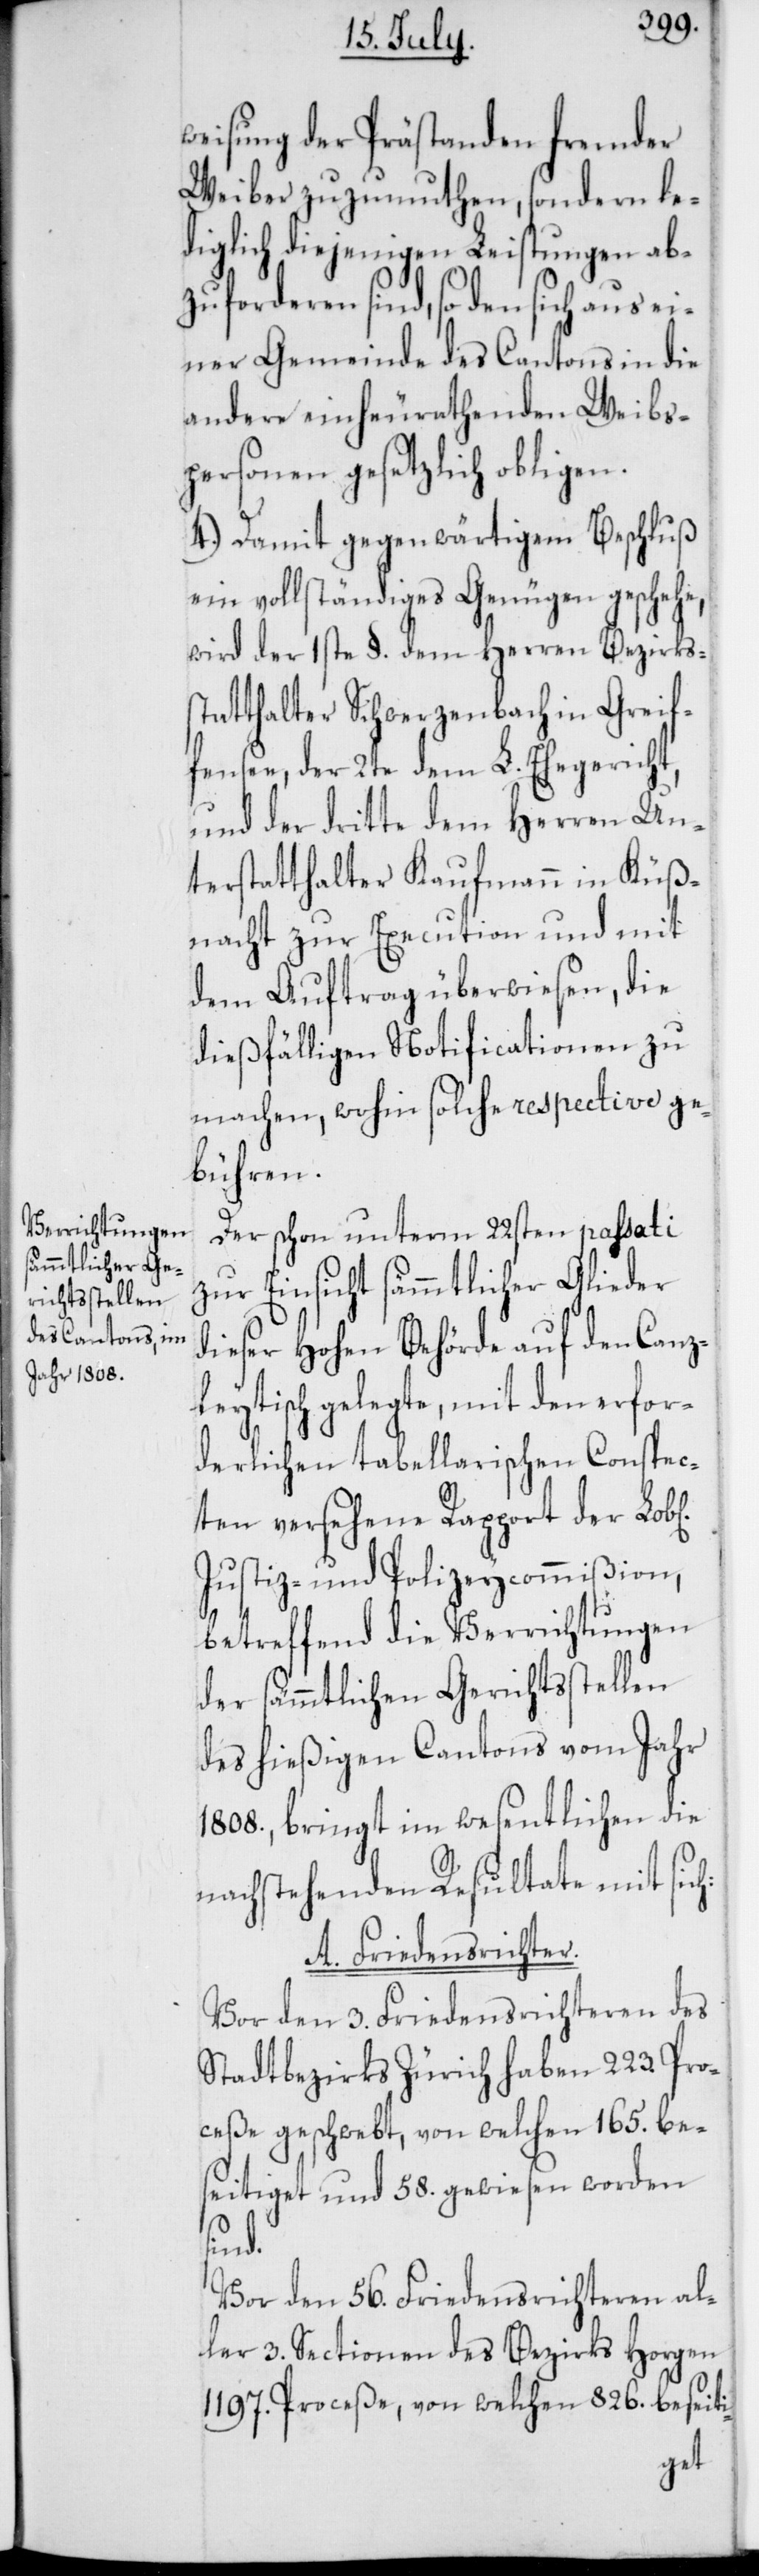
weisung der Prästanden fremder
Weiber zuzumuthen, sondern le¬
diglich diejenigen Leistungen ab¬
zuforderen sind, so den sich aus ei¬
ner Gemeinde des Cantons in die
andere einheurathenden Weibs¬
personen gesetzlich obligen.
4.) Damit gegenwärtigem Beschluß
ein vollständiges Genügen geschehe,
wird der 1ste §. dem Herren Bezirks¬
statthalter Schwerzenbach in Greif¬
see, der 2te dem L. Ehegericht,
und der dritte dem Herren Un¬
terstatthalter Kaufmann in Küß¬
nacht zur Execution und mit
dem Auftrag überwiesen, die
dießfälligen Notificationen zu
machen, wohin solche respective ge¬
bühren.
Der schon unterm 22sten passati
zur Einsicht sämmtlicher Glieder
dieser Hohen Behörde auf den Canz¬
leytisch gelegte, mit den erfor¬
derlichen tabellarischen Conspec¬
ten versehene Rapport der Lob[l¬
Justiz- und Polizeycommißion,
betreffend die Verrichtungen
der sämmtlichen Gerichtsstellen
des hießigen Cantons vom Jahr
1808., bringt im wesentlichen die
nachstehenden Resultate mit sich:
A. Friedensrichter.
Vor den 3. Friedensrichteren des
Stadtbezirks Zürich haben 223. Pro¬
ceße geschwebt, von welchen 165. be¬
seitiget und 58. gewiesen worden
sind.
Vor den 56. Friedensrichteren al¬
ler 3. Sectionen des Bezirks Horgen
1197. Proceße, von welchen 826. beseiti-